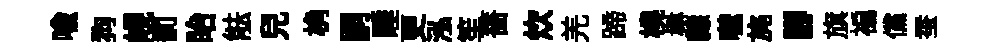
喻狗峴罰眙䏻兒桷嗣睡更泓笙薔炊羌蹄橈楙隸噬旄腳旗褊儻蚕